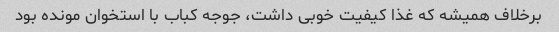
برخلاف همیشه که غذا کیفیت خوبی داشت، جوجه کباب با استخوان مونده بود